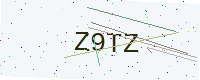
Text: Z9TZ